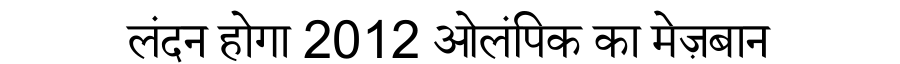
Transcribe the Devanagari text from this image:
लंदन होगा 2012 ओलंपिक का मेज़बान